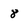
Character: 8